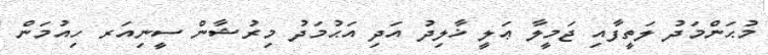
މުޙަންމަދު ލަތީފާއި ޖަމީލާ ޢަލީ ޚާލިދު އަދި އަޙުމަދު މިރުޝާން ސީނިއަރ ހިއުމަން